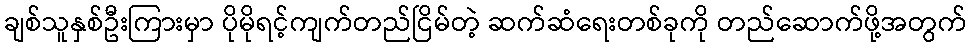
ချစ်သူနှစ်ဦးကြားမှာ ပိုမိုရင့်ကျက်တည်ငြိမ်တဲ့ ဆက်ဆံရေးတစ်ခုကို တည်ဆောက်ဖို့အတွက်